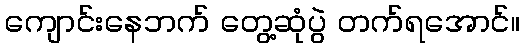
ကျောင်းနေဘက် တွေ့ဆုံပွဲ တက်ရအောင်။